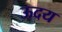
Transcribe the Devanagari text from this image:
ऊदय